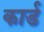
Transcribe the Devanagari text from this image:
कार्ड